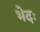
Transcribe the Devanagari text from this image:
भेदः